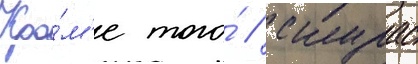
Кро́м'е того́ / скурас